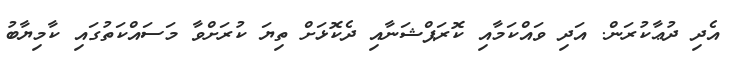
އެދި ދުޢާކުރަން. އަދި ވައްކަމާއި ކޮރަޕްޝަނާއި ދެކޮޅަށް ތިޔަ ކުރަށްވާ މަސައްކަތުގައި ކާމިޔާބު